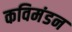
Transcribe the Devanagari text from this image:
कविमंडन